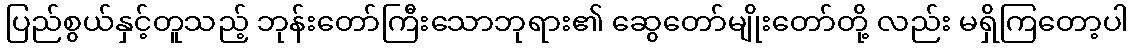
ပြည်စွယ်နှင့်တူသည့် ဘုန်းတော်ကြီးသောဘုရား၏ ဆွေတော်မျိုးတော်တို့ လည်း မရှိကြတော့ပါ